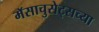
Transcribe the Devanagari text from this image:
मॅसाचुसेट्सच्या